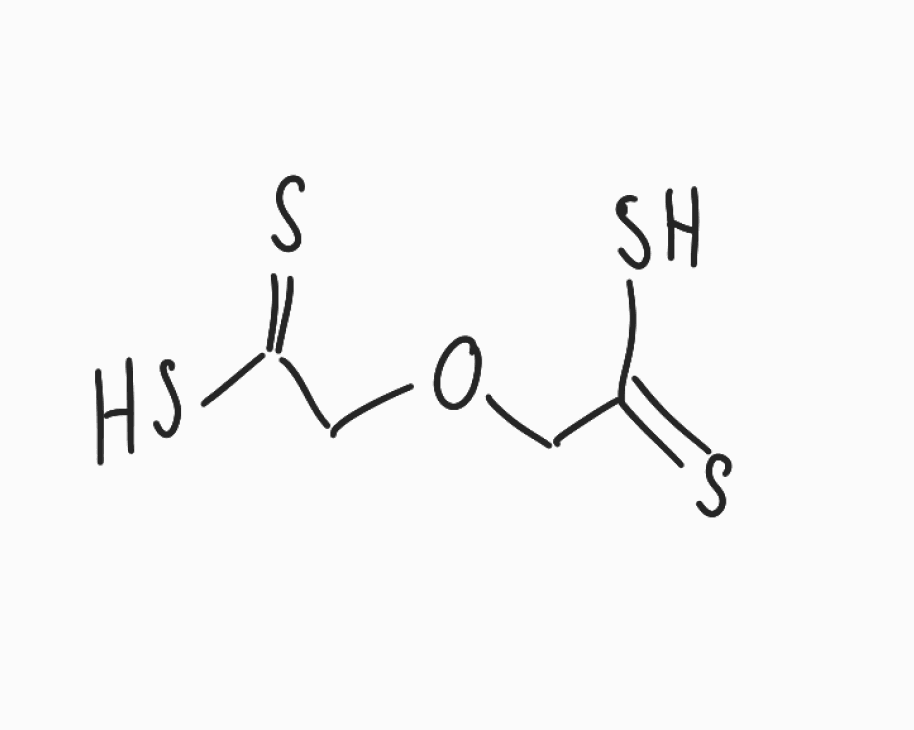
Simplified molecular-input line-entry system (SMILES) notation of the given molecule:
C(C(=S)S)OCC(=S)S